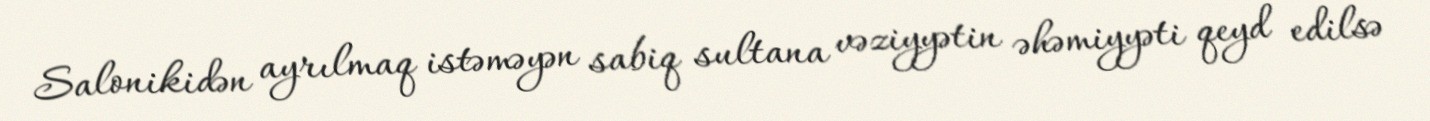
Salonikidən ayrılmaq istəməyən sabiq sultana vəziyyətin əhəmiyyəti qeyd edilsə